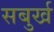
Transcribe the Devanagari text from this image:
सबुर्ख